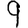
Digit: 9